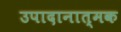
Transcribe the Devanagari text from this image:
उपादानात्मक